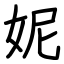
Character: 妮